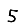
Digit: 5